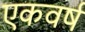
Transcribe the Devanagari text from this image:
एकवर्ष